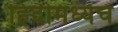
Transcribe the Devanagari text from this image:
हिंदीमध्येच